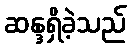
ဆန္ဒရှိခဲ့သည်